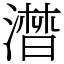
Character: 澘